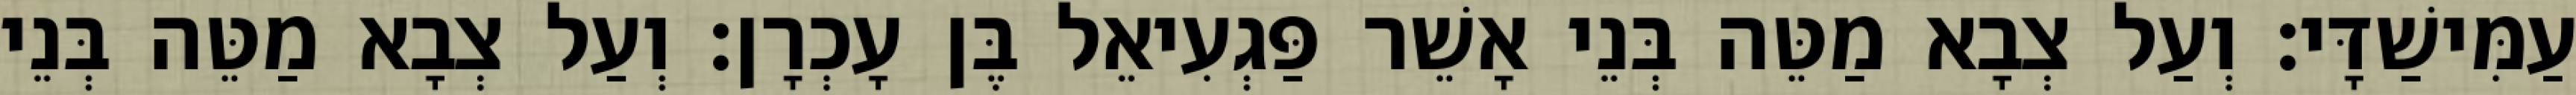
עַמִּישַׁדָּי׃ וְעַל צְבָא מַטֵּה בְּנֵי אָשֵׁר פַּגְעִיאֵל בֶּן עָכְרָן׃ וְעַל צְבָא מַטֵּה בְּנֵי